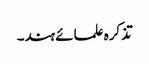
تذکرہ علمائے ہند۔